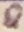
Text: 8